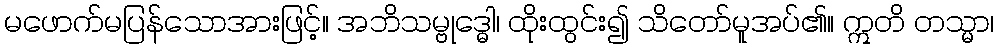
မဖောက်မပြန်သောအားဖြင့်။ အဘိသမ္ဗုဒ္ဓေါ၊ ထိုးထွင်း၍ သိတော်မူအပ်၏။ ဣတိ တသ္မာ၊